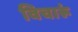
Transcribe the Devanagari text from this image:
विचारूं